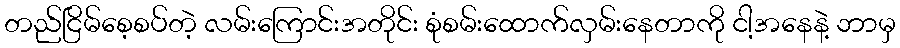
တည်ငြိမ်စေ့စပ်တဲ့ လမ်းကြောင်းအတိုင်း စုံစမ်းထောက်လှမ်းနေတာကို ငါ့အနေနဲ့ ဘာမှ